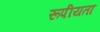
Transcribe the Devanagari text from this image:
रूपीयता